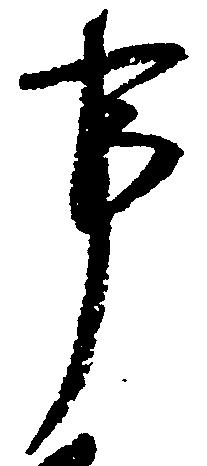
事